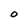
Character: O